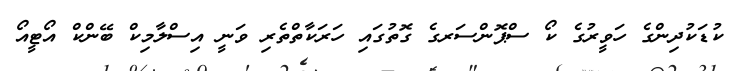
ކުޑަކުދިންގެ ހަވީރުގެ ކޯ ސްޕޮންސަރގެ ގޮތުގައި ހަރަކާތްތެރި ވަނީ އިސްލާމިކް ބޭންކް އޯޓީއޯ